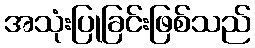
အသုံးပြုခြင်းဖြစ်သည်